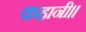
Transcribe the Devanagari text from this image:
कहानी।।